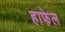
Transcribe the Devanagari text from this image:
हाफेल